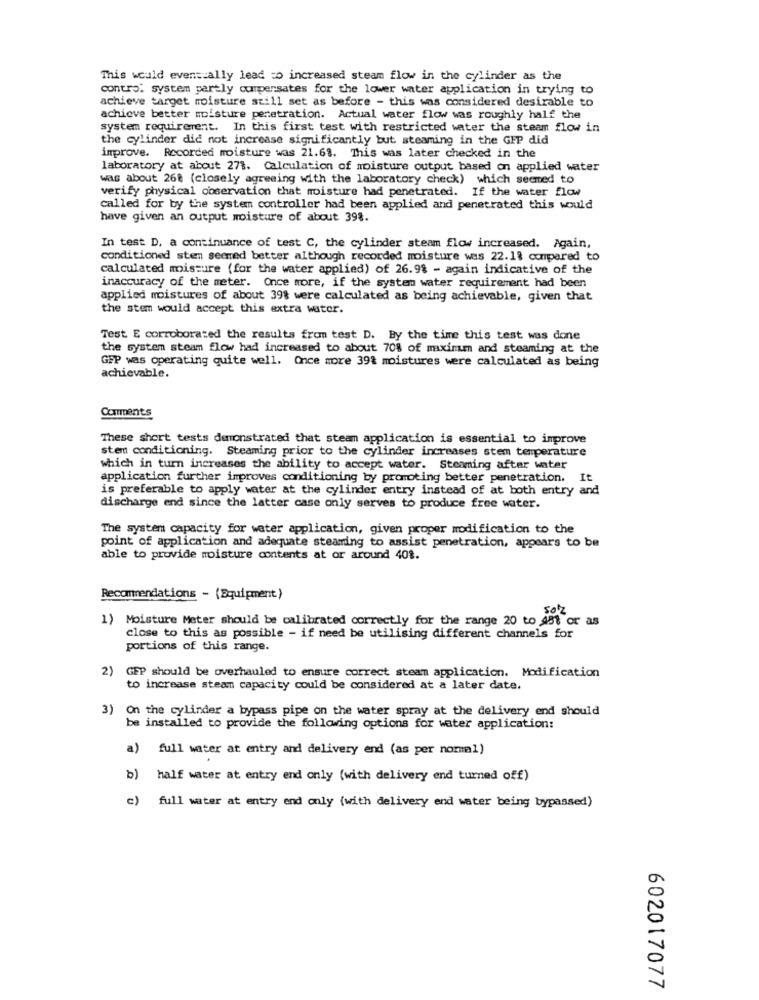
This would even == ally lead to increased steam flow in the cylinder as the
control system partly compensates for the lower water application in trying to
achieve target moisture still set as before - this was considered desirable to
achieve better moisture penetration. Actual water flow was roughly half the
system requirement. In this first test with restricted water the steam flow in
the cylinder did not increase significantly but steaming in the GFP did
improve. Recorded moisture was 21.63. This was later checked in the
laboratory at about 278. Calculation of moisture output based on applied water
was about 268 (closely agreeing with the laboratory check) which seemed to
verify physical observation that moisture had penetrated. If the water flow
called for by the system controller had been applied and penetrated this would
have given an output moisture of about 398.
In test D, a continuance of test C, the cylinder steam flow increased. Again,
conditioned sten sermed better although recorded moisture was 22.18 compared to
calculated moisture (for the water applied) of 26.98 - again indicative of the
inaccuracy of the meter. Once more, if the system water requirement had been
applied moistures of about 39% were calculated as being achievable, given that
the stem would accept this extra water.
Test E corroborated the results from test D. By the time this test was done
the system steam flow had increased to about 70% of maximum and steaming at the
GFP was operating quite well. Once more 39% moistures were calculated as being
achievable.
Comments
These short tests demonstrated that steam application is essential to improve
stem conditioning. Steaming prior to the cylinder increases stem temperature
which in turn increases the ability to accept water. Steaming after water
application further improves conditioning by promoting better penetration. It
is preferable to apply water at the cylinder entry instead of at both entry and
discharge end since the latter case only serves to produce free water.
The system capacity for water application, given proper modification to the
point of application and adequate steaming to assist penetration, appears to be
able to provide moisture contents at or around 401.
Recommendations - (Equipment)
1) Moisture Meter should be calibrated correctly for the range 20 to 481 or as
close to this as possible - if need be utilising different channels for
portions of this range.
2) GEP should be overhauled to ensure correct steam application. Modification
to increase steam capacity could be considered at a later date.
3) On the cylinder a bypass pipe on the water spray at the delivery end should
be installed to provide the following options for water application:
a)
full water at entry and delivery end (as per nomal)
b) half water at entry end only (with delivery end turned off)
c)
full water at entry end only (with delivery end water being bypassed)
602017077